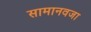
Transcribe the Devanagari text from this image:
सामानवजा